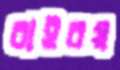
বাইরয়